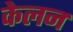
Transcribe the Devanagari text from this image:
केलन